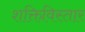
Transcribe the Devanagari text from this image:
शक्तिविस्तार